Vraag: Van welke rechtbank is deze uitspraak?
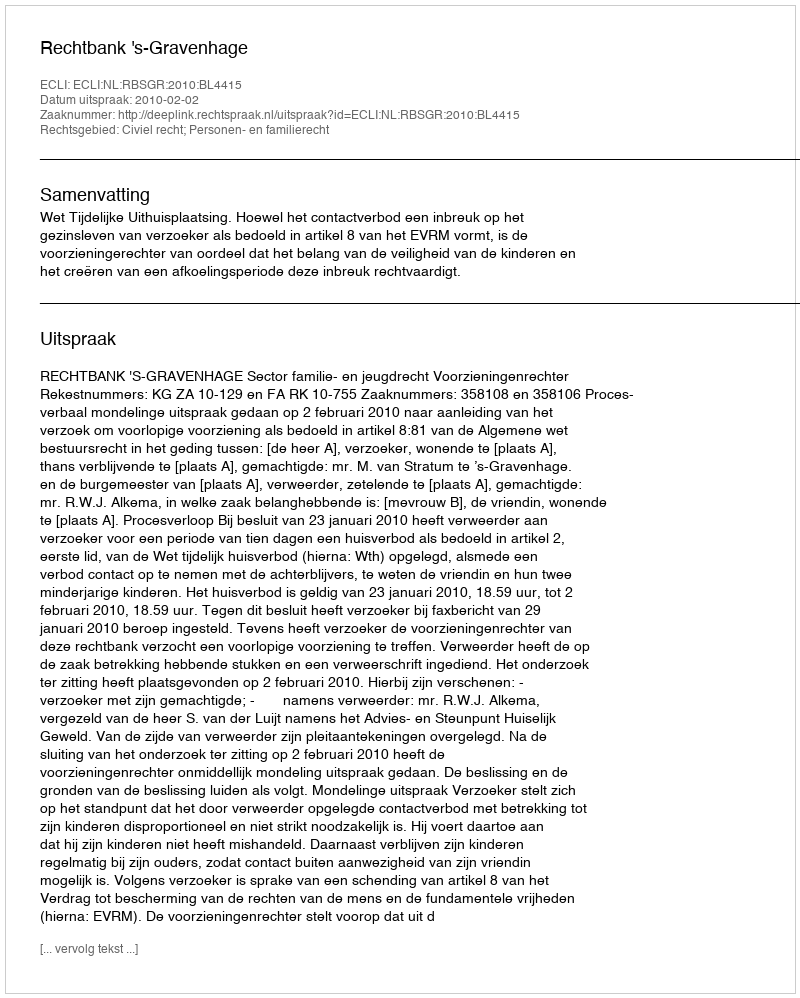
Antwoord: Rechtbank 's-Gravenhage